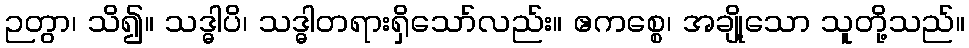
ဉတွာ၊ သိ၍။ သဒ္ဓါပိ၊ သဒ္ဓါတရားရှိသော်လည်း။ ဧကစ္စေ၊ အချို့သော သူတို့သည်။